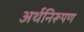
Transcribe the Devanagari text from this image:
अर्थनिरूपण